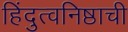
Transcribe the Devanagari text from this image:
हिंदुत्वनिष्ठाची